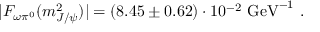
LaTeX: | F _ { \omega \pi ^ { 0 } } ( m _ { J / \psi } ^ { 2 } ) | = ( 8 . 4 5 \pm 0 . 6 2 ) \cdot 1 0 ^ { - 2 } \ \mathrm { G e V } ^ { - 1 } \ .